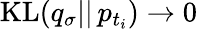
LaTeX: \mathrm{KL}(q_{\sigma}||\, p_{t_{i}})\to 0